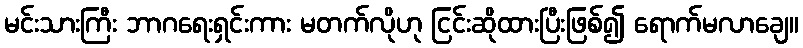
မင်းသားကြီး ဘာဂရေးရှင်းကား မတက်လိုဟု ငြင်းဆိုထားပြီးဖြစ်၍ ရောက်မလာချေ။